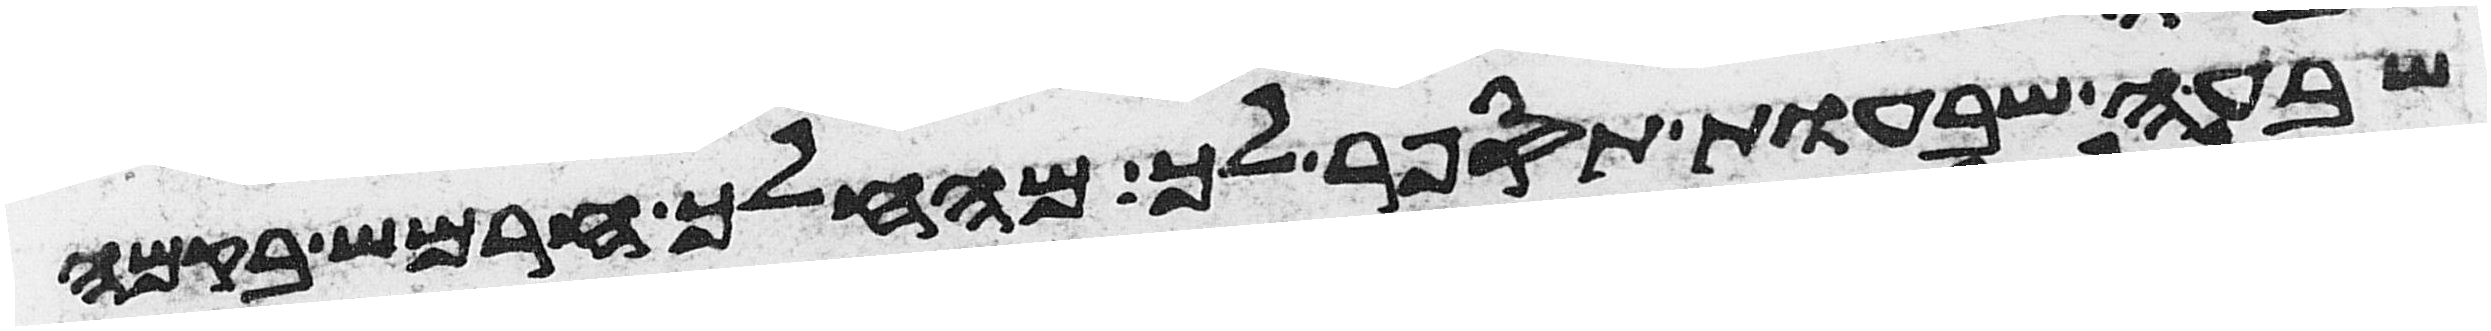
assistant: שבעה שבעות תספר לך מהחלך חרמש בקמה